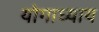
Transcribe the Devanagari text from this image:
योगाध्याय